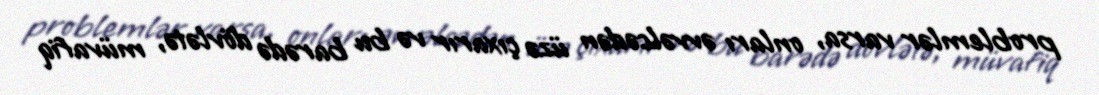
problemlər varsa, onları əvvəlcədən üzə çıxarır və bu barədə dövlətə, müvafiq